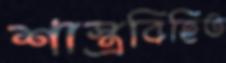
শাস্ত্রবিহিত